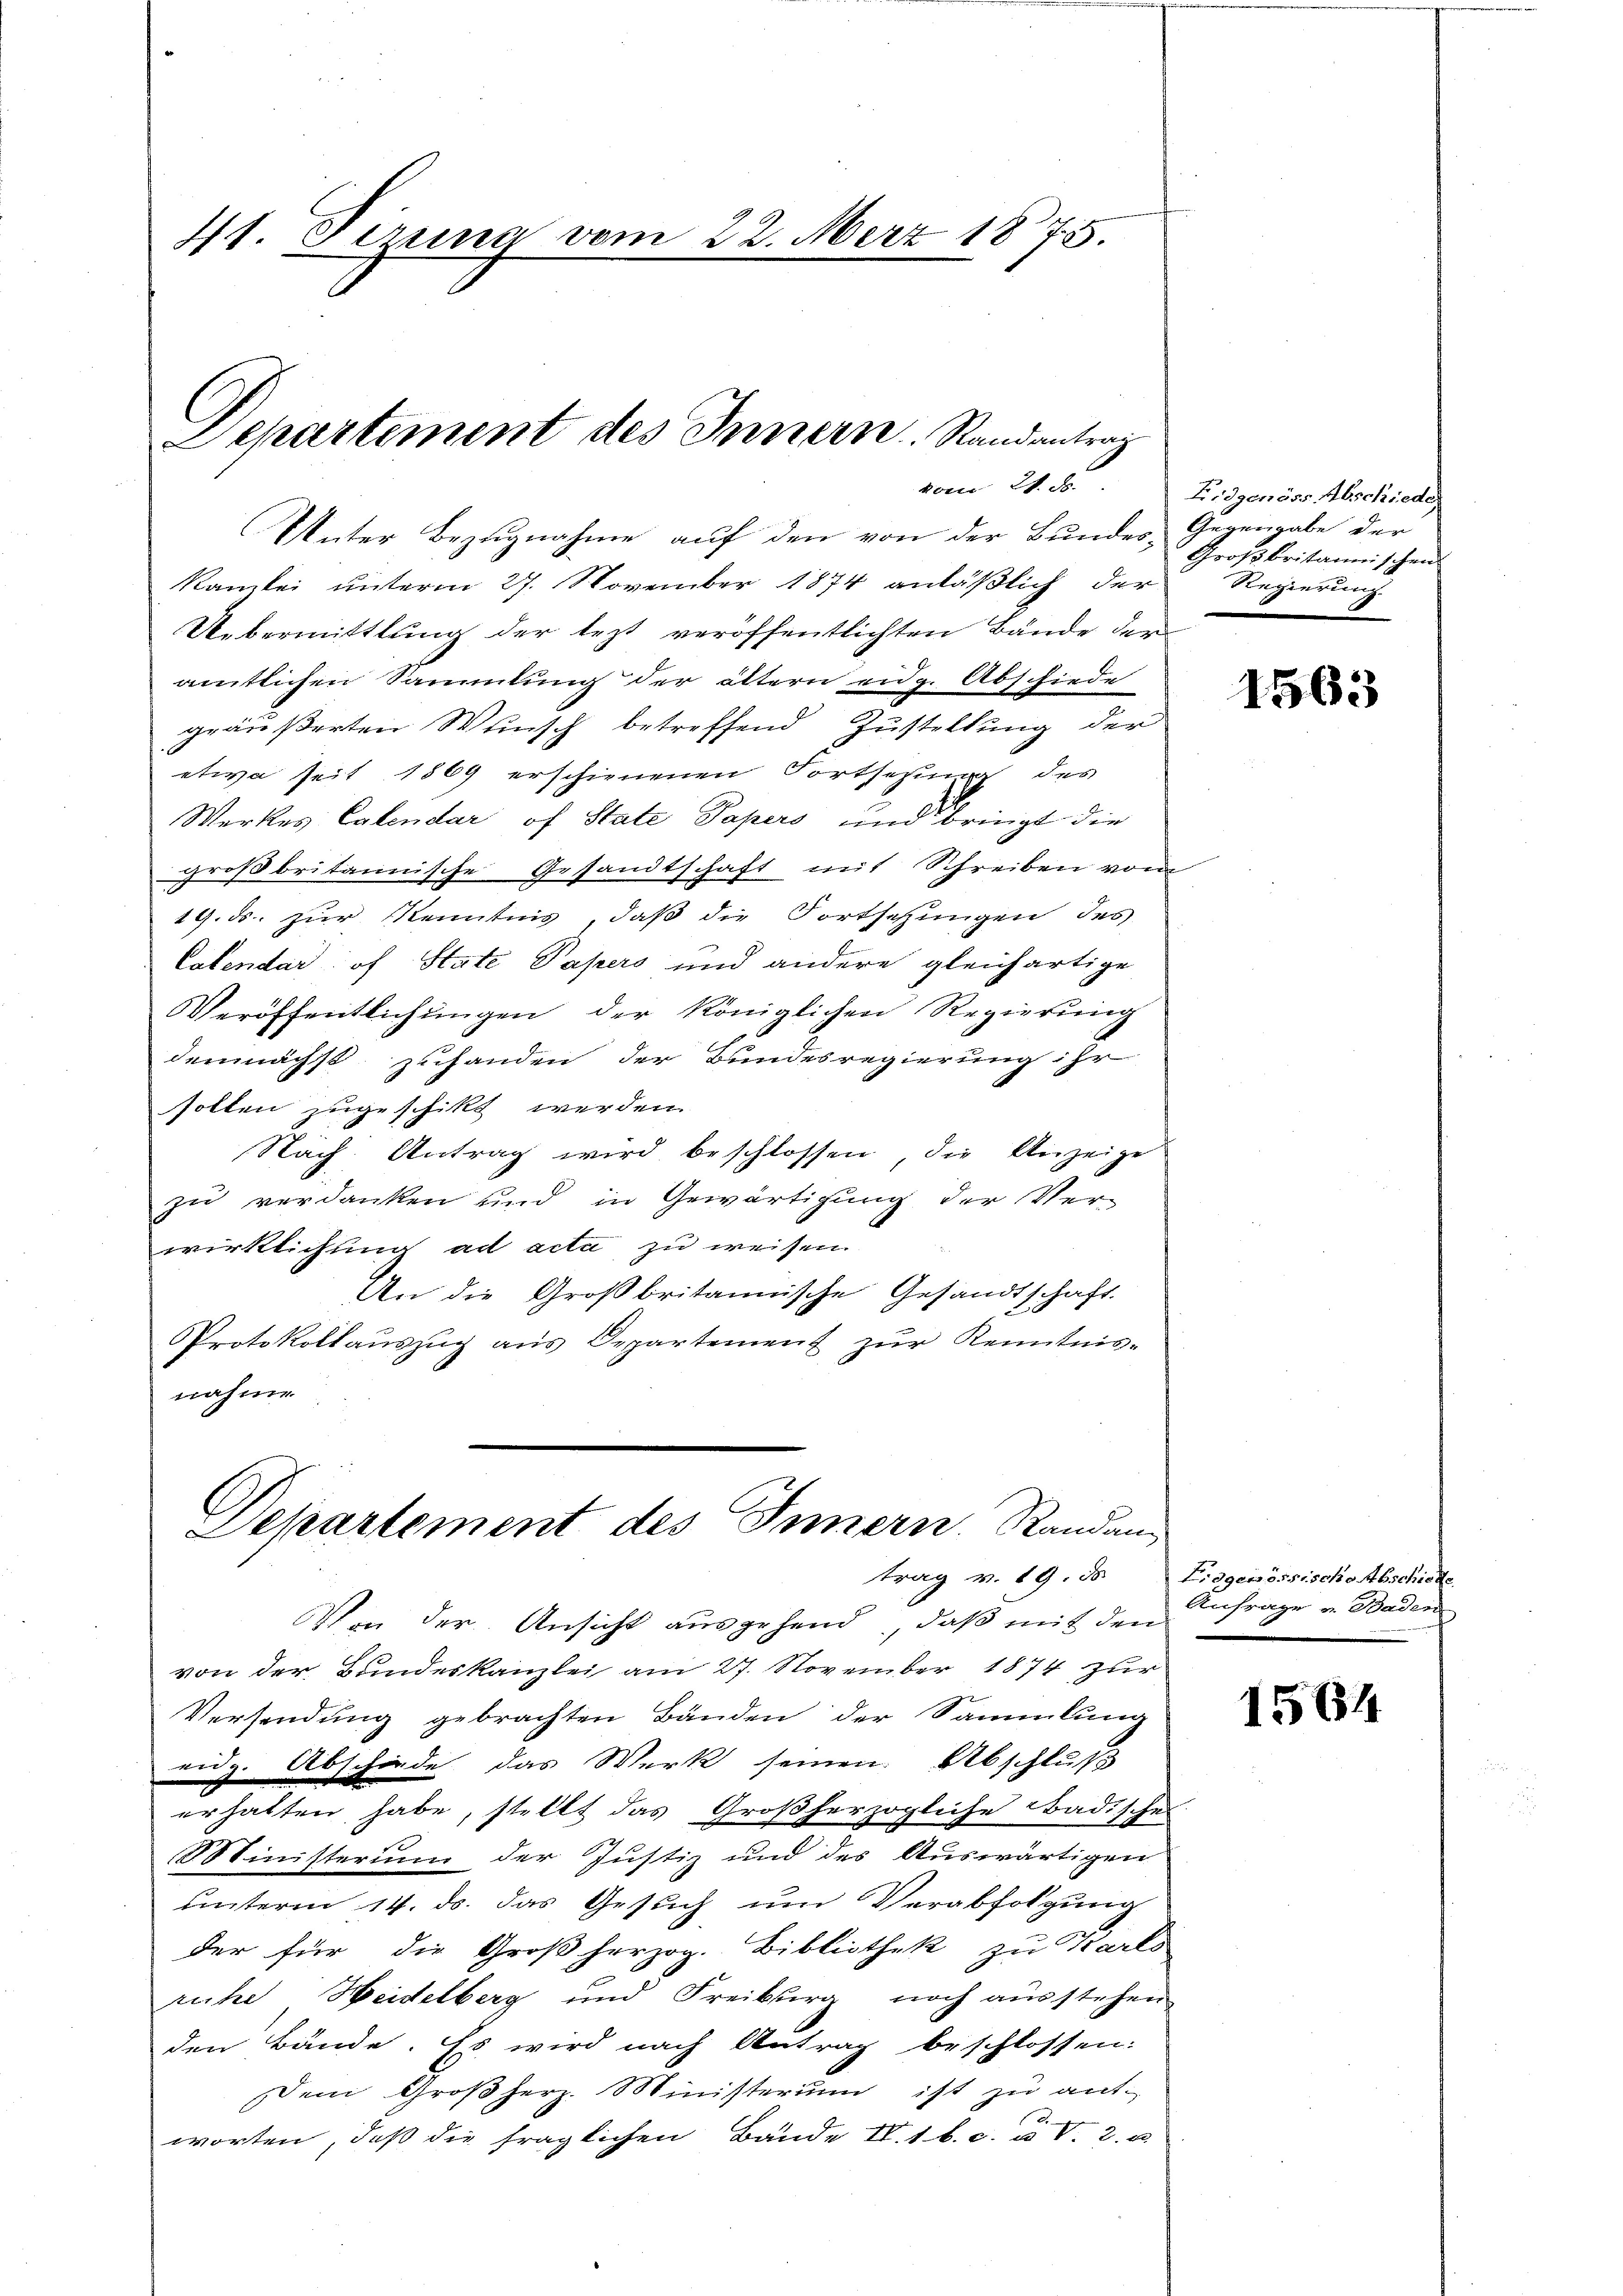
41. Firina vom 22. Merz 1875.

Unter Bezugnahme auf den von der Bundes- Gegengabe der
Kanzlei unterm 27. November 1874 anläßlich der Regierung
Uebermittlung der lezt veröffentlichten Bände der
amtlichen Sammlung der ältern eidg. Abschiede
geäußerten Wunsch betreffend Zustellung der
etwa seit 1869 erschienenen Fortsetzung des
Werkes Calendar of State Papers und bringt die
großbritannische Gesandtschaft mit Schreiben vom
19. ds. zur Kenntnis, daß die Fortsetzungen des
Cabendar of State Papers und andere gleichartige
Veröffentlichŭngen der Königlichen Regierŭng
demnächst zuhanden der Bundesregierung ihr
sollen zugeschikt werden.
Nach Antrag wird beschlossen, die Anzeige
zu verdanken und in Gewärtigung der Ver-
wirklichung ad acta zu weisen
An die Großbritannische Gesandtschaft
Protokollauszug aus Departement zur Kenntnis-
nahme

Departement des Innern. Randang

Von der Ansicht ausgehend, daß mit den
von der Bundeskanzlei am 27. November 1874 zur
Versendung gebrachten Bänden der Sammlung
eidg. Abschände das Werk seinen Abschluß
erhalten habe, stellt das Großherzogliche Badisches
Ministerium der Justiz und des Auswärtigen
unterm 14. ds. das Gesuch um Verabfolgung
der für die Großherzog. Bibliothek zu Karls
riche Heidelberg und Freiburg noch ausstehen
den Bände. Es wird nach Antrag beschlossen:
Dem Großherz. Ministerium ist zŭ ant-
worten, daß die fraglichen Bände II.1 b. c. u. V. 2. u

Departement des Innern Randantrag
vom 21. 2

Eidgenöss Abschieder
Großbritannischen

1563

trag v. 19. ds Liegenössische Abschiede
Anfrage v. Baden
2

1564